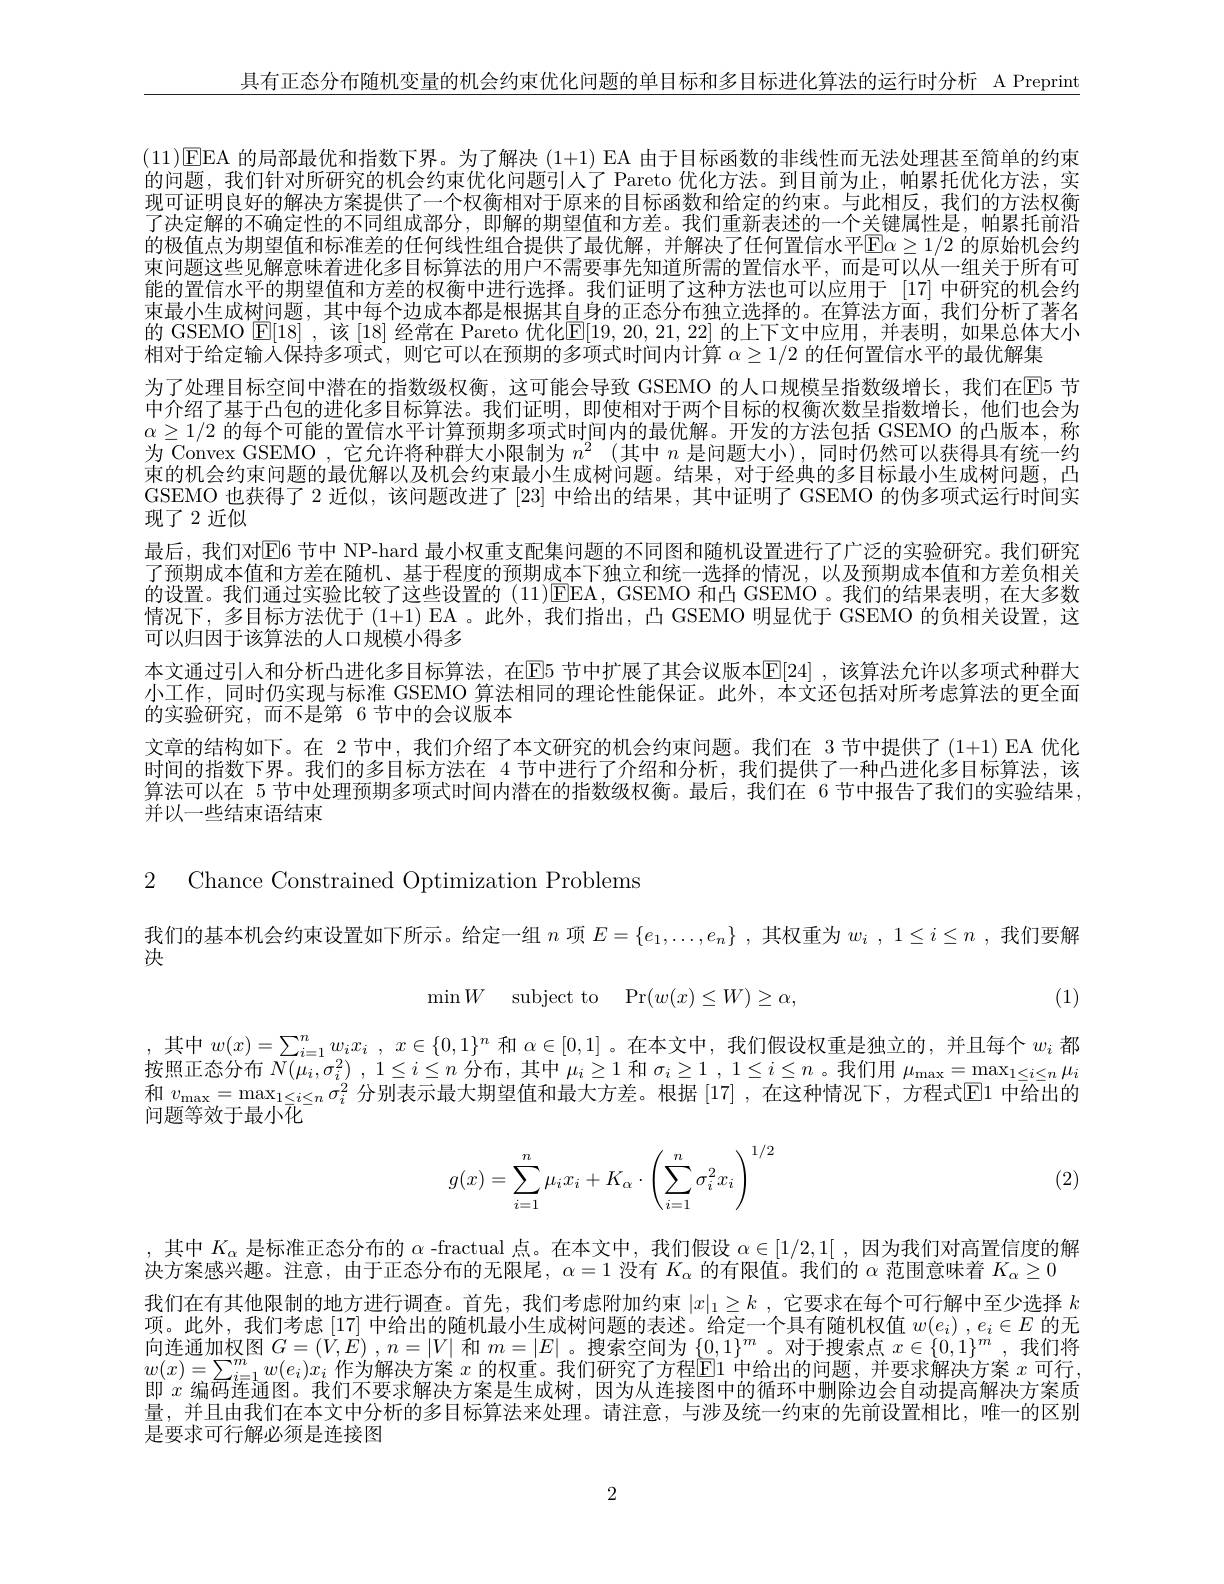
具有正态分布随机变量的机会约束优化问题的单目标和多目标进化算法的运行时分析 A Preprint

(11)▣EEA 的局部最优和指数下界。为了解决(1+1) EA 由于目标函数的非线性而无法处理甚至简单的约束的问题，我们针对所研究的机会约束优化问题引人了 Pareto 优化方法。到目前为止，帕累托优化方法，实现可证明良好的解决方案提供了一个权衡相对于原来的目标函数和给定的约束。与此相反，我们的方法权衡了决定解的不确定性的不同组成部分，即解的期望值和方差。我们重新表述的一个关键属性是，帕累托前沿的极值点为期望值和标准差的任何线性组合提供了最优解，并解决了任何置信水平E$\alpha \geq 1/ 2$ 的原始机会约束问题这些见解意味着进化多目标算法的用户不需要事先知道所需的置信水平，而是可以从一组关于所有可能的置信水平的期望值和方差的权衡中进行选择。我们证明了这种方法也可以应用于 [17] 中研究的机会约束最小生成树问题，其中每个边成本都是根据其自身的正态分布独立选择的。在算法方面，我们分析了著名的 GSEMO E[18] ,该 [18] 经常在 Pareto 优化E[19,20,21,22] 的上下文中应用，并表明，如果总体大小相对于给定输入保持多项式，则它可以在预期的多项式时间内计算$\alpha\geq1/2$的任何置信水平的最优解集
为了处理目标空间中潜在的指数级权衡，这可能会导致 GSEMO 的人口规模呈指数级增长，我们在E5 节中介绍了基于凸包的进化多目标算法。我们证明，即使相对于两个目标的权衡次数呈指数增长，他们也会为$\alpha\geq1/2$的每个可能的置信水平计算预期多项式时间内的最优解。开发的方法包括 GSEMO 的凸版本，称为 Convex GSEMO ,它允许将种群大小限制为$n^2$ (其中$n$是问题大小),同时仍然可以获得具有统一纱束的机会约束问题的最优解以及机会约束最小生成树问题。结果，对于经典的多目标最小生成树问题，凸GSEMO 也获得了 2 近似，该问题改进了 [23] 中给出的结果，其中证明了 GSEMO 的伪多项式运行时间实现了 2 近似
最后，我们对$\mathbb{E}$6 节中 NP-hard 最小权重支配集问题的不同图和随机设置进行了广泛的实验研究。我们研究了预期成本值和方差在随机、基于程度的预期成本下独立和统一选择的情况，以及预期成本值和方差负相关的设置。我们通过实验比较了这些设置的 (11)EEA, GSEMO 和凸 GSEMO 。我们的结果表明，在大多数情况下，多目标方法优于 (1+1) EA 。此外，我们指出，凸 GSEMO 明显优于 GSEMO 的负相关设置，这可以归因于该算法的人口规模小得多
本文通过引人和分析凸进化多目标算法，在$\operatorname{E}$5 节中扩展了其会议版本$\operatorname{E}[24]$ ,该算法允许以多项式种群大小工作，同时仍实现与标准 GSEMO 算法相同的理论性能保证。此外，本文还包括对所考虑算法的更全面的实验研究，而不是第 6 节中的会议版本
文章的结构如下。在 2节中，我们介绍了本文研究的机会约束问题。我们在 3 节中提供了(1+1) EA 优化时间的指数下界。我们的多目标方法在 4 节中进行了介绍和分析，我们提供了一种凸进化多目标算法，该算法可以在 5 节中处理预期多项式时间内潜在的指数级权衡。最后，我们在 6 节中报告了我们的实验结果， 并以一些结束语结束

2 Chance Constrained Optimization Problems

我们的基本机会约束设置如下所示。给定一组$n$项$E=\{e_1,\ldots,e_n\}$,其权重为$w_i,1\leq i\leq n$ ,我们要解
决
$$\min W\quad\mathrm{subject~to}\quad\mathrm{Pr}(w(x)\leq W)\geq\alpha,$$
(1)

,其中$w( x) = \sum _i= 1^nw_ix_i$ , $x\in \{ 0, 1\} ^n$和$\alpha\in[0,1]$ 。在本文中，我们假设权重是独立的，并且每个$w_i$都按照正态分布$N( \mu _i, \sigma _i^2)$ , $1\leq i\leq n$分布，其中$\mu_i\geq1$和$\sigma _i\geq 1$ , $1\leq i\leq n$ 。我们用$\mu_\max=\max_{1\leq i\leq n}\mu_i$ 和 $v_{\max}=\max_{1\leq i\leq n}\sigma_i^2$ 分别表示最大期望值和最大方差。根据 [17] ,在这种情况下，方程式$\overline{\mathrm{E}}$1 中给出的问题等效于最小化
$$g(x)=\sum_{i=1}^n\mu_ix_i+K_\alpha\cdot\left(\sum_{i=1}^n\sigma_i^2x_i\right)^{1/2}$$
(2)

,其中$K_\alpha$是标准正态分布的$\alpha$ -fractual 点。在本文中，我们假设$\alpha \in [ 1/ 2, 1[$ , 因为我们对高置信度的解
决方案感兴趣。注意，由于正态分布的无限尾，$\alpha=1$没有$K_\alpha$的有限值。我们的$\alpha$范围意味着$K_\alpha\geq0$
我们在有其他限制的地方进行调查。首先，我们考虑附加约束$| x| _1\geq k$ , 它要求在每个可行解中至少选择$k$ 项。此外，我们考虑[17]中给出的随机最小生成树问题的表述。给定一个具有随机权值$w(e_i),e_i\in E$的无向连通加权图$G=(V,E)$ ,$n=|V|$和$m=|E|$。搜索空间为$\{0,1\}^m$。对于搜索点$x\in\{0,1\}^m$ ,我们将$w(x)=\sum_{i=1}^mw(e_i)x_i$作为解决方案$x$的权重。我们研究了方程$\Xi$El 中给出的问题，并要求解决方案$x$可行即$x$编码连诵图。我们不要求解决方案是牛成树，因为从 连接图中的循环中删除功会自动提高解决方案周量，并且由我们在本文中分析的多目标算法来处理。请注意，与涉及统一约束的先前设置相比，唯一的区别是要求可行解必须是连接图

2